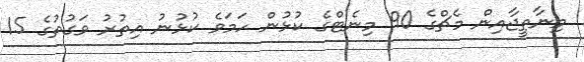
މިނާތީޖާއިން މެޗްގެ 90 މިނެޓްގެ ކުޅުން ހަމަވެ ކުޅުނު އިތުރު ވަގުތުގެ 15